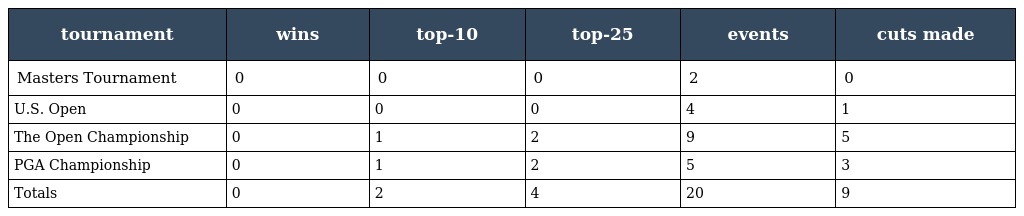
| tournament | wins | top-10 | top-25 | events | cuts made |
 | --- | --- | --- | --- | --- | --- |
 | Masters Tournament | 0 | 0 | 0 | 2 | 0 |
 | U.S. Open | 0 | 0 | 0 | 4 | 1 |
 | The Open Championship | 0 | 1 | 2 | 9 | 5 |
 | PGA Championship | 0 | 1 | 2 | 5 | 3 |
 | Totals | 0 | 2 | 4 | 20 | 9 |